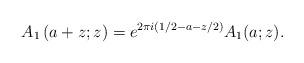
LaTeX: \begin{align*}A_1\left(a+z;z\right)=e^{2\pi i (1/2-a-z/2)}A_1(a;z).\end{align*}